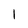
Character: 1